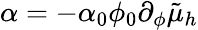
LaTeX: \alpha=-\alpha_{0}\phi_{0}\partial_{\phi}\tilde{\mu}_{h}